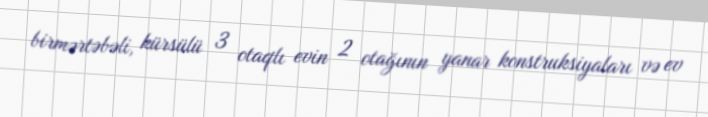
birmərtəbəli, kürsülü 3 otaqlı evin 2 otağının yanar konstruksiyaları və ev